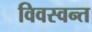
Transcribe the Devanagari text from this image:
विवस्वन्त